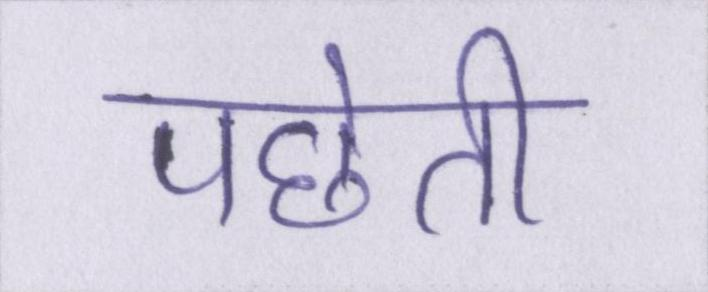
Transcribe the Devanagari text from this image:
पछेती